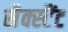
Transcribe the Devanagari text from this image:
सैक्स्टैंट